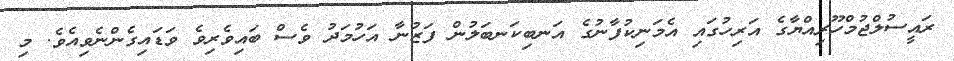
ރައީސުލްޖުމްހޫރިއްޔާގެ އަރިހުގައި އެމަނިކުފާނުގެ އަނބިކަނބަލުން ފަޒުނާ އަހުމަދު ވެސް ބައިވެރިވެ ވަޑައިގެންނެވިއެވެ. މި